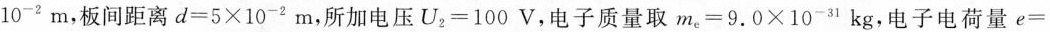
10^{-2}m，板间距离$$d=5\times 10^{-2}m$$，所加电压$$U_{2}=100V$$，电子质量取$$m_{e}=9.0\times 10^{-3}kg$$，电子电荷量e=